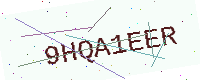
Text: 9HQA1EER